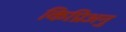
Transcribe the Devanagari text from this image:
किप्रिअनु